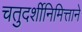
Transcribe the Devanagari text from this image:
चतुदर्शीनिमित्ताने